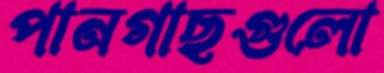
পানগাছগুলো